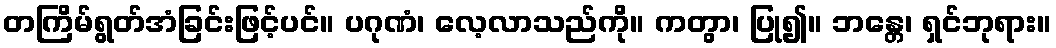
တကြိမ်ရွတ်အံခြင်းဖြင့်ပင်။ ပဂုဏံ၊ လေ့လာသည်ကို။ ကတွာ၊ ပြု၍။ ဘန္တေ၊ ရှင်ဘုရား။